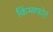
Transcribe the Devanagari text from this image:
किंग्सफोर्ट